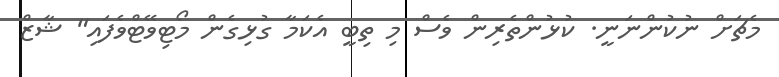
މެޗަށް ނުކުންނަނީ. ކުޅުންތެރިން ވެސް މި ތިބީ އެކަމާ ގުޅިގެން މޯޓިވޭޓްވެފައި" ޝާޒް